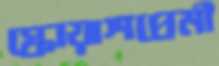
স্কোয়াশপ্রেমী